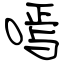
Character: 嘕